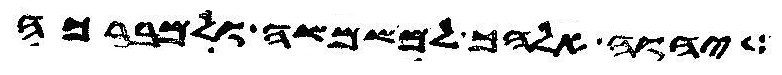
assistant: יהוה אלהך למשמשה ולמברכה